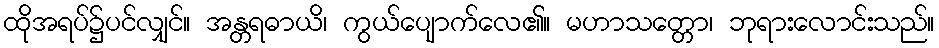
ထိုအရပ်၌ပင်လျှင်။ အန္တရဓာယိ၊ ကွယ်ပျောက်လေ၏။ မဟာသတ္တော၊ ဘုရားလောင်းသည်။